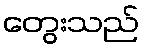
တွေးသည်